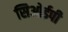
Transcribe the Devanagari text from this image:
सिओईपी